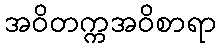
အဝိတက္ကအဝိစာရာ